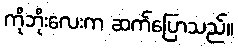
ကိုဘိုးလေးက ဆက်ပြောသည်။